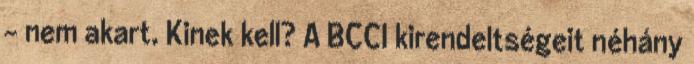
– nem akart. Kinek kell? A BCCI kirendeltségeit néhány